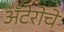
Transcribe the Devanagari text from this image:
अँटेरोचे